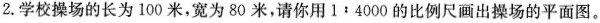
2.学校操场的长为100米，宽为80米，请你用1:4000的比例尺画出操场的平面图。